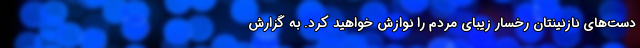
دست‌های نازنینتان رخسار زیبای مردم را نوازش خواهید کرد. به گزارش